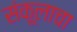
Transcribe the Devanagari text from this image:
संकूलाचा